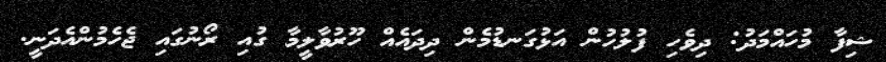
ޝިފާ މުހައްމަދު: ދިވެހި ފުލުހުން އަޅުގަނޑުމެން ދިދައެއް ހޫރުވާލީމާ ގުއި ރޯނުގައި ޖެހެމުންއެދަނީ.